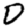
Digit: 0